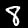
Label: 8